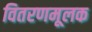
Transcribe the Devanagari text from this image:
वितरणमूलक